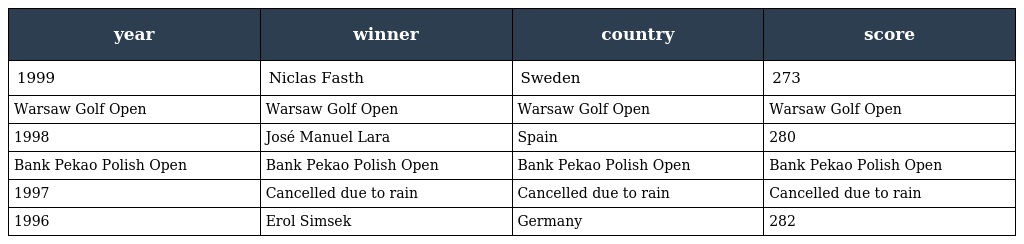
| year | winner | country | score |
 | --- | --- | --- | --- |
 | 1999 | Niclas Fasth | Sweden | 273 |
 | Warsaw Golf Open | Warsaw Golf Open | Warsaw Golf Open | Warsaw Golf Open |
 | 1998 | José Manuel Lara | Spain | 280 |
 | Bank Pekao Polish Open | Bank Pekao Polish Open | Bank Pekao Polish Open | Bank Pekao Polish Open |
 | 1997 | Cancelled due to rain | Cancelled due to rain | Cancelled due to rain |
 | 1996 | Erol Simsek | Germany | 282 |